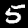
Digit: 5